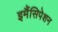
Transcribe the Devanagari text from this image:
इमैंसिपेशन